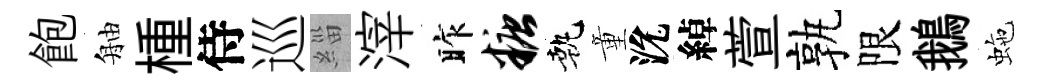
飽舳㮔侍巡緇滓昨糖執童沇綽萱孰限鵝虵